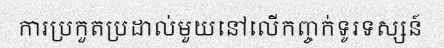
ការប្រកួតប្រដាល់មួយនៅលើកញ្ចក់ទូរទស្សន៍